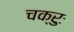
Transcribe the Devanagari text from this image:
चक्रुः